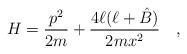
LaTeX: \begin{align*}H= {p^2\over 2m} + {4\ell(\ell + \hat B)\over 2mx^2} \quad,\end{align*}